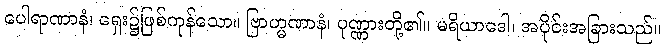
ပေါရာဏာနံ၊ ရှေး၌ဖြစ်ကုန်သော။ ဗြာဟ္မဏာနံ၊ ပုဏ္ဏားတို့၏။ မရိယာဒေါ၊ အပိုင်းအခြားသည်။